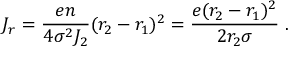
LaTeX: J _ { r } = { \frac { e n } { 4 \sigma ^ { 2 } J _ { 2 } } } ( r _ { 2 } - r _ { 1 } ) ^ { 2 } = { \frac { e ( r _ { 2 } - r _ { 1 } ) ^ { 2 } } { 2 r _ { 2 } \sigma } } ~ .